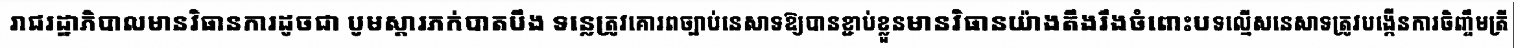
រាជរដ្ឋាភិបាលមានវិធានការដូចជា បូមស្តារភក់បាតបឹង ទន្លេត្រូវគោរពច្បាប់នេសាទឱ្យបានខ្ជាប់ខ្លួនមានវិធានយ៉ាងតឹងរឹងចំពោះបទល្មើសនេសាទត្រូវបង្កើនការចិញ្ចឹមត្រី